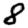
Digit: 8